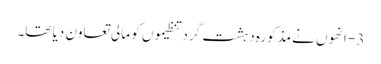
3- انھوں نے مذکورہ دہشت گرد تنظیموں کو مالی تعاون دیا تھا۔